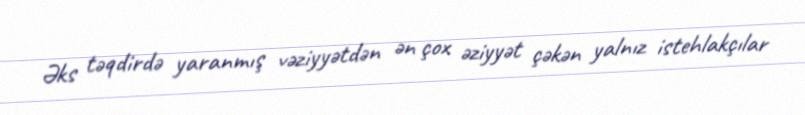
Əks təqdirdə yaranmış vəziyyətdən ən çox əziyyət çəkən yalnız istehlakçılar